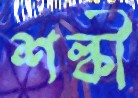
শল্কী